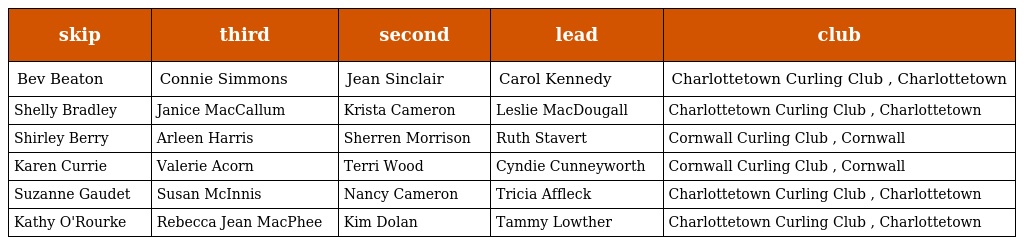
| skip | third | second | lead | club |
 | --- | --- | --- | --- | --- |
 | Bev Beaton | Connie Simmons | Jean Sinclair | Carol Kennedy | Charlottetown Curling Club , Charlottetown |
 | Shelly Bradley | Janice MacCallum | Krista Cameron | Leslie MacDougall | Charlottetown Curling Club , Charlottetown |
 | Shirley Berry | Arleen Harris | Sherren Morrison | Ruth Stavert | Cornwall Curling Club , Cornwall |
 | Karen Currie | Valerie Acorn | Terri Wood | Cyndie Cunneyworth | Cornwall Curling Club , Cornwall |
 | Suzanne Gaudet | Susan McInnis | Nancy Cameron | Tricia Affleck | Charlottetown Curling Club , Charlottetown |
 | Kathy O'Rourke | Rebecca Jean MacPhee | Kim Dolan | Tammy Lowther | Charlottetown Curling Club , Charlottetown |